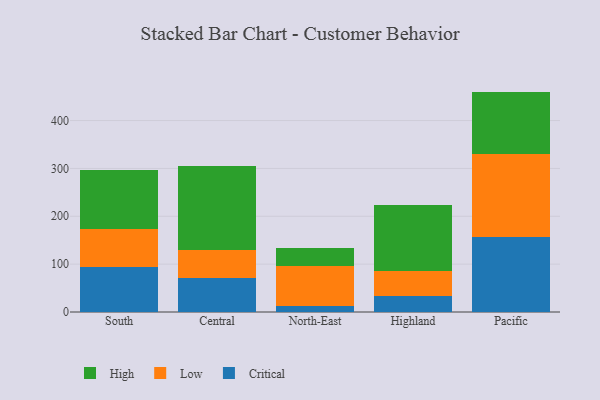
{"axis": {"x": "Region", "y": "Gross Profit (USD K)"}, "legend": ["Critical", "High", "Low"], "data": [{"x": "South", "y": 95.0, "type": "Critical"}, {"x": "South", "y": 78.5, "type": "Low"}, {"x": "South", "y": 123.8, "type": "High"}, {"x": "Central", "y": 71.5, "type": "Critical"}, {"x": "Central", "y": 58.8, "type": "Low"}, {"x": "Central", "y": 174.5, "type": "High"}, {"x": "North-East", "y": 12.0, "type": "Critical"}, {"x": "North-East", "y": 84.6, "type": "Low"}, {"x": "North-East", "y": 36.1, "type": "High"}, {"x": "Highland", "y": 33.2, "type": "Critical"}, {"x": "Highland", "y": 53.3, "type": "Low"}, {"x": "Highland", "y": 137.2, "type": "High"}, {"x": "Pacific", "y": 156.2, "type": "Critical"}, {"x": "Pacific", "y": 174.9, "type": "Low"}, {"x": "Pacific", "y": 129.4, "type": "High"}]}